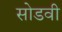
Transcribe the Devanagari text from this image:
सोडवी